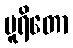
ပူရိတော